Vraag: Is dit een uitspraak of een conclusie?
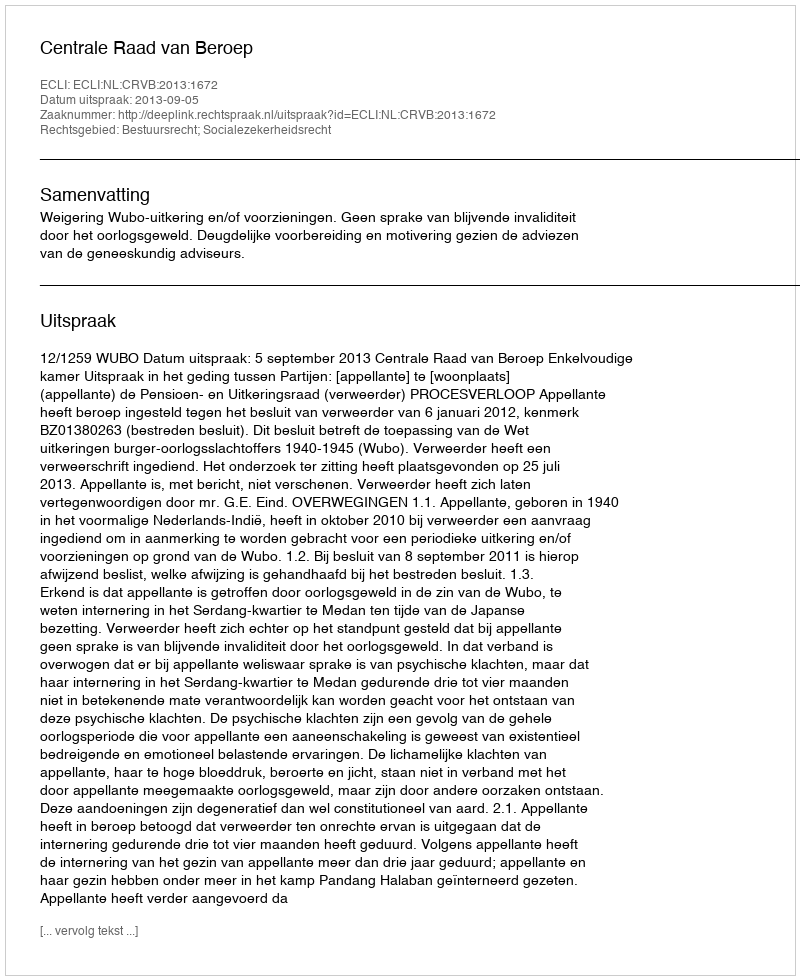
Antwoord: Uitspraak